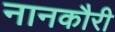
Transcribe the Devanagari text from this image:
नानकौरी